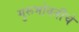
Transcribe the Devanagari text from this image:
गुरूभोवतीचे